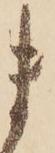
ま